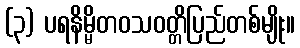
(၃) ပရနိမ္မိတဝသဝတ္တိပြည်တစ်မျိုး။